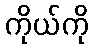
ကိုယ်ကို